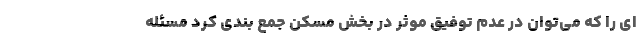
ای را که می‌توان در عدم توفیق موثر در بخش مسکن جمع بندی کرد مسئله